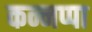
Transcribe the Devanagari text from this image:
कन्नप्पा